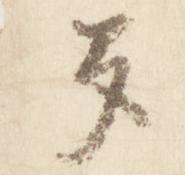
多